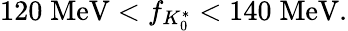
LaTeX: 120\; \mathrm{MeV}<f_{K_{0}^{*}}<140\; \mathrm{MeV}.